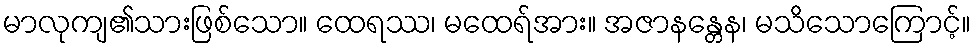
မာလုကျ၏သားဖြစ်သော။ ထေရဿ၊ မထေရ်အား။ အဇာနန္တေန၊ မသိသောကြောင့်။